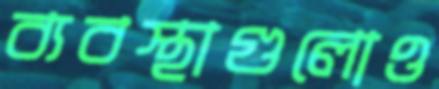
ব্যবস্থাগুলোও